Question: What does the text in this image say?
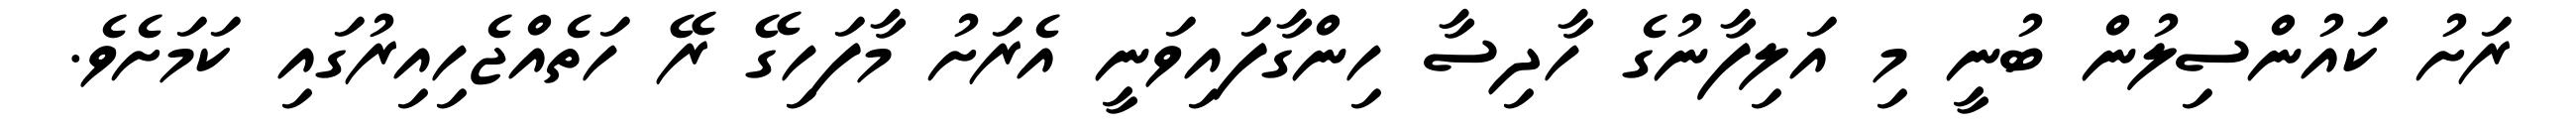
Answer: ރަށު ކައުންސިލުން ބުނީ މި އަލިފާނުގެ ހާދިސާ ހިންގާފައިވަނީ އެރަށު މާފަހިގޭ ރޭ ހަތެއްޖެހިއިރުގައި ކަމަށެވެ.